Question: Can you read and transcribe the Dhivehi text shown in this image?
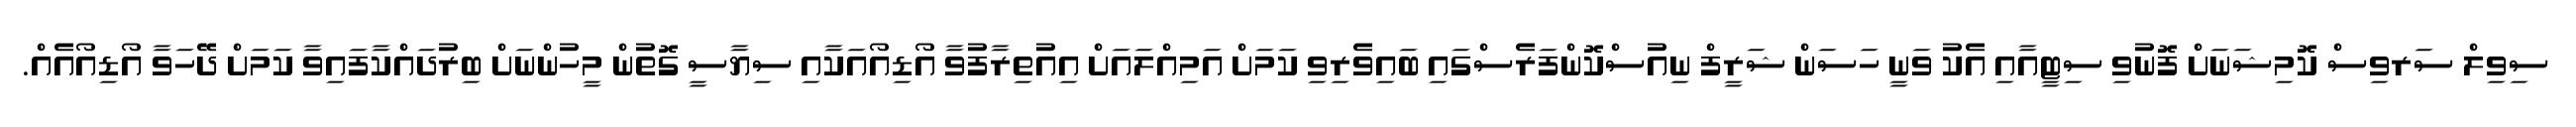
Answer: ސިވިލް ސަރވިސް ކޮމިޝަނަށް ފޮނުވި ސިޓީއާއި އެކު ވަނީ ހަސަން ޝަރީފް ނިއުސްކޮންފަރެސްގައި ބައިވެރިވި ކަމަށް އަމިއްލައަށް އިއުތިރާފުވާ އޯޑިއޯއަކާއި ސިޔާސީ ގޮތުން މީހުންނަށް ބިރުދައްކާފައިވާ ކަމަށް ދޭހަވާ އޯޑިއޯއެއް.